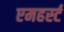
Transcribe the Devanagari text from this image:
एमहर्स्‍ट